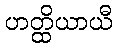
ဟတ္ထိယာယီ